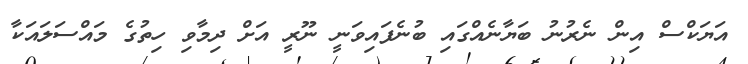
އަޔަކްސް އިން ނެރުނު ބަޔާނެއްގައި ބުނެފައިވަނީ ނޫރީ އަށް ދިމާވި ހިތުގެ މައްސަލައަކާ